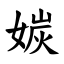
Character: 㛶